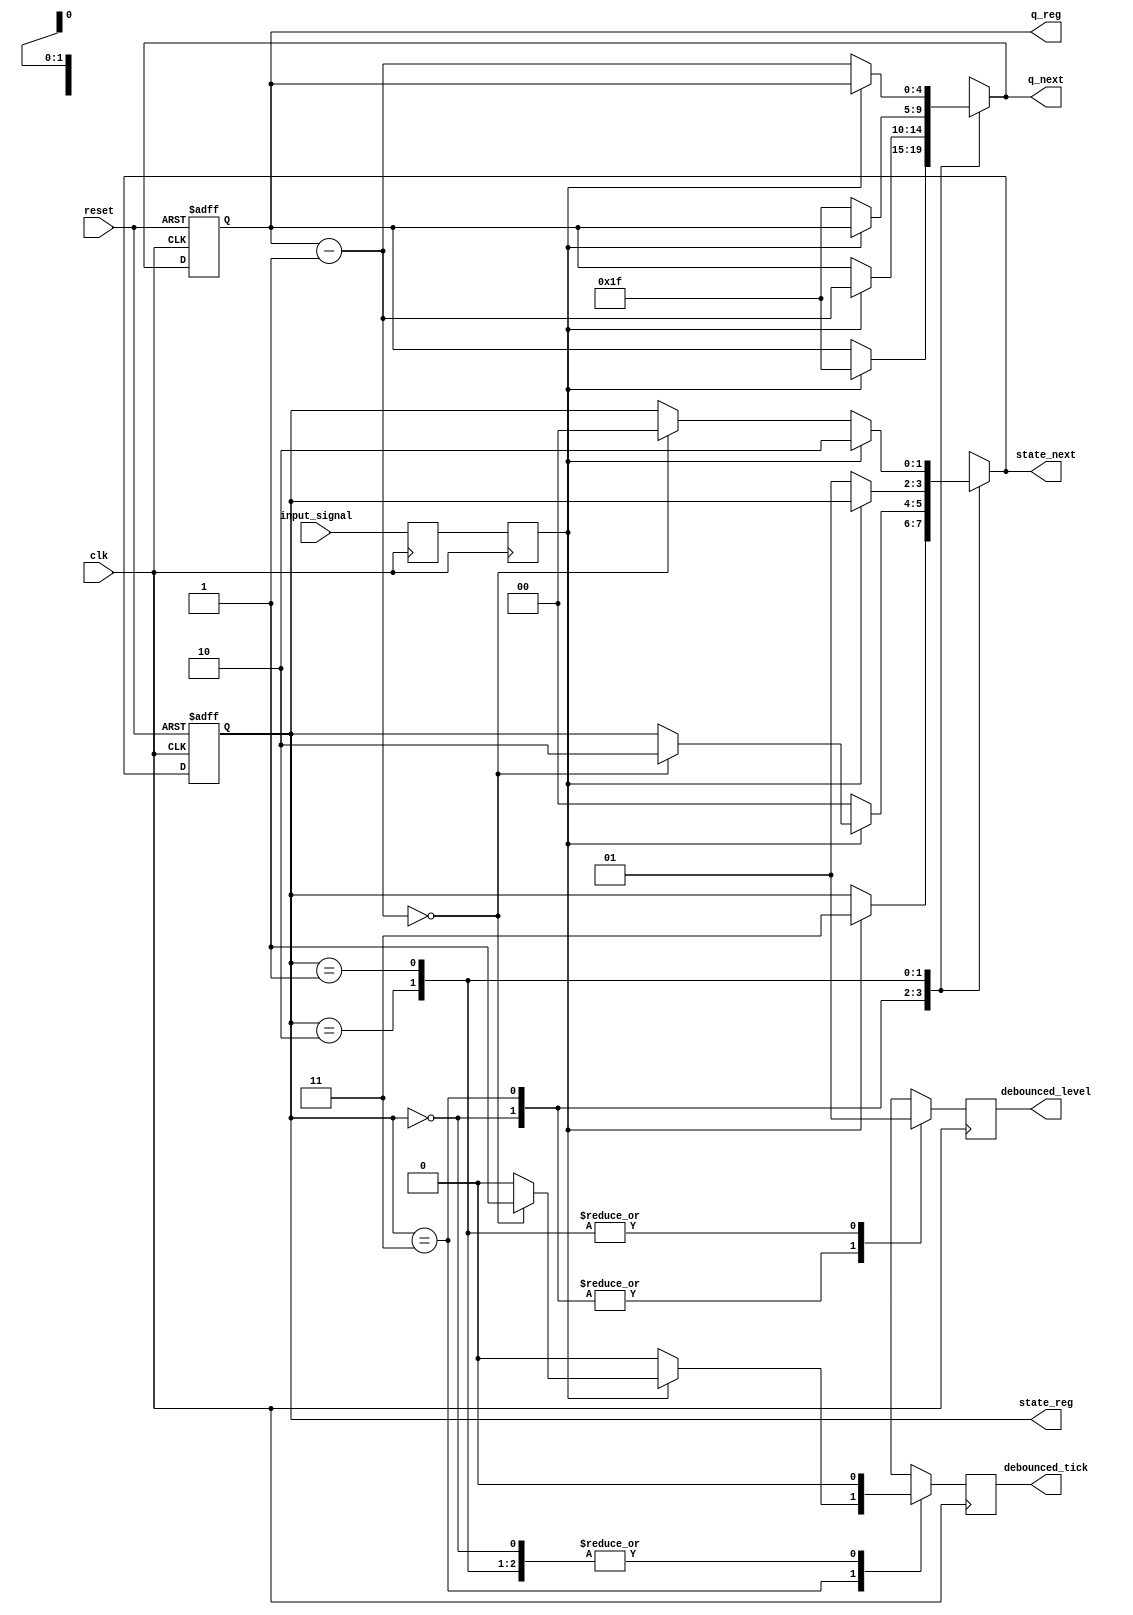
module debounce_input_signal
#(
   // number of counter bits (delay is 2^N * clock_period)
   parameter N=5
)
(
 input wire clk, reset,
 input wire input_signal,
 output reg debounced_level, 
 output reg debounced_tick,
   // signal declaration
 output reg [N-1:0] q_reg, q_next,
 output reg [1:0] state_reg, state_next
 
);

   reg sw_raw, sw, db_level, db_tick;
   
   always @(posedge clk)
   begin
         debounced_level<= db_level; 
         debounced_tick <= db_tick ;
		 sw_raw <= input_signal;
		 sw <= sw_raw;
   end
   
   // symbolic state declaration
   localparam  [1:0]
               zero  = 2'b00,
               wait0 = 2'b01,
               one   = 2'b10,
               wait1 = 2'b11;


 

   // body
   // fsmd state & data registers
    always @(posedge clk, posedge reset)
       if (reset)
          begin
             state_reg <= zero;
             q_reg <= 0;
          end
       else
          begin
             state_reg <= state_next;
             q_reg <= q_next;
          end

   // next-state logic & data path functional units/routing
   always @*
   begin
      state_next = state_reg;   // default state: the same
      q_next = q_reg;           // default q: unchnaged
      db_tick = 1'b0;           // default output: 0
      case (state_reg)
         zero:
            begin
               db_level = 1'b0;
               if (sw)
                  begin
                     state_next = wait1;
                     q_next = {N{1'b1}}; // load 1..1
                  end
            end
         wait1:
            begin
               db_level = 1'b0;
               if (sw)
                  begin
                     q_next = q_reg - 1;
                     if (q_next==0)
                        begin
                           state_next = one;
                           db_tick = 1'b1;
                        end
                  end
               else // sw==0
                  state_next = zero;
            end
         one:
            begin
               db_level = 1'b1;
               if (~sw)
                  begin
                     state_next = wait0;
                     q_next = {N{1'b1}}; // load 1..1
                  end
            end
         wait0:
            begin
               db_level = 1'b1;
               if (~sw)
                  begin
                     q_next = q_reg - 1;
                     if (q_next==0)
                        state_next = zero;
                  end
               else // sw==1
                  state_next = one;

            end
         default: state_next = zero;
      endcase
   end

endmodule